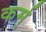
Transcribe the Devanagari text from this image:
कर्म्